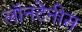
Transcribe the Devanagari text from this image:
लॉनटेनीस